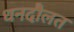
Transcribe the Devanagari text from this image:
धनदौलत